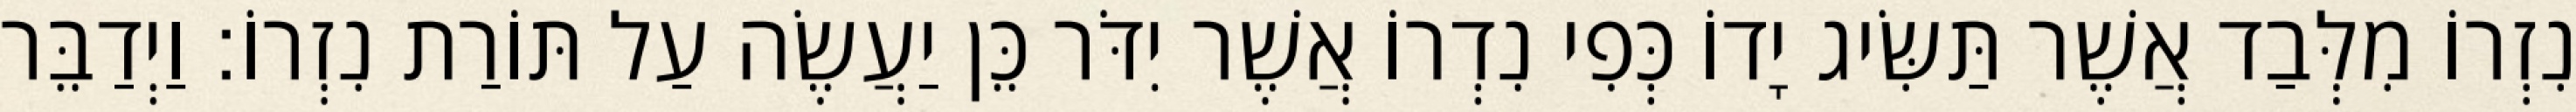
נִזְרוֹ מִלְּבַד אֲשֶׁר תַּשִּׂיג יָדוֹ כְּפִי נִדְרוֹ אֲשֶׁר יִדֹּר כֵּן יַעֲשֶׂה עַל תּוֹרַת נִזְרוֹ׃ וַיְדַבֵּר